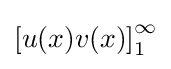
\left[u(x)v(x)\right]_{1}^{\infty }